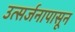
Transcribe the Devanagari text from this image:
उत्सर्जनापासून